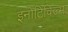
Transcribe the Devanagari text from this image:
इनोटिविज्म